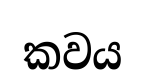
කවය